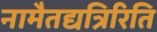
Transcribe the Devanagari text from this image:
नामैतद्यत्रिरिति